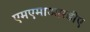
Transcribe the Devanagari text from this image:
एमएमाआरडीए